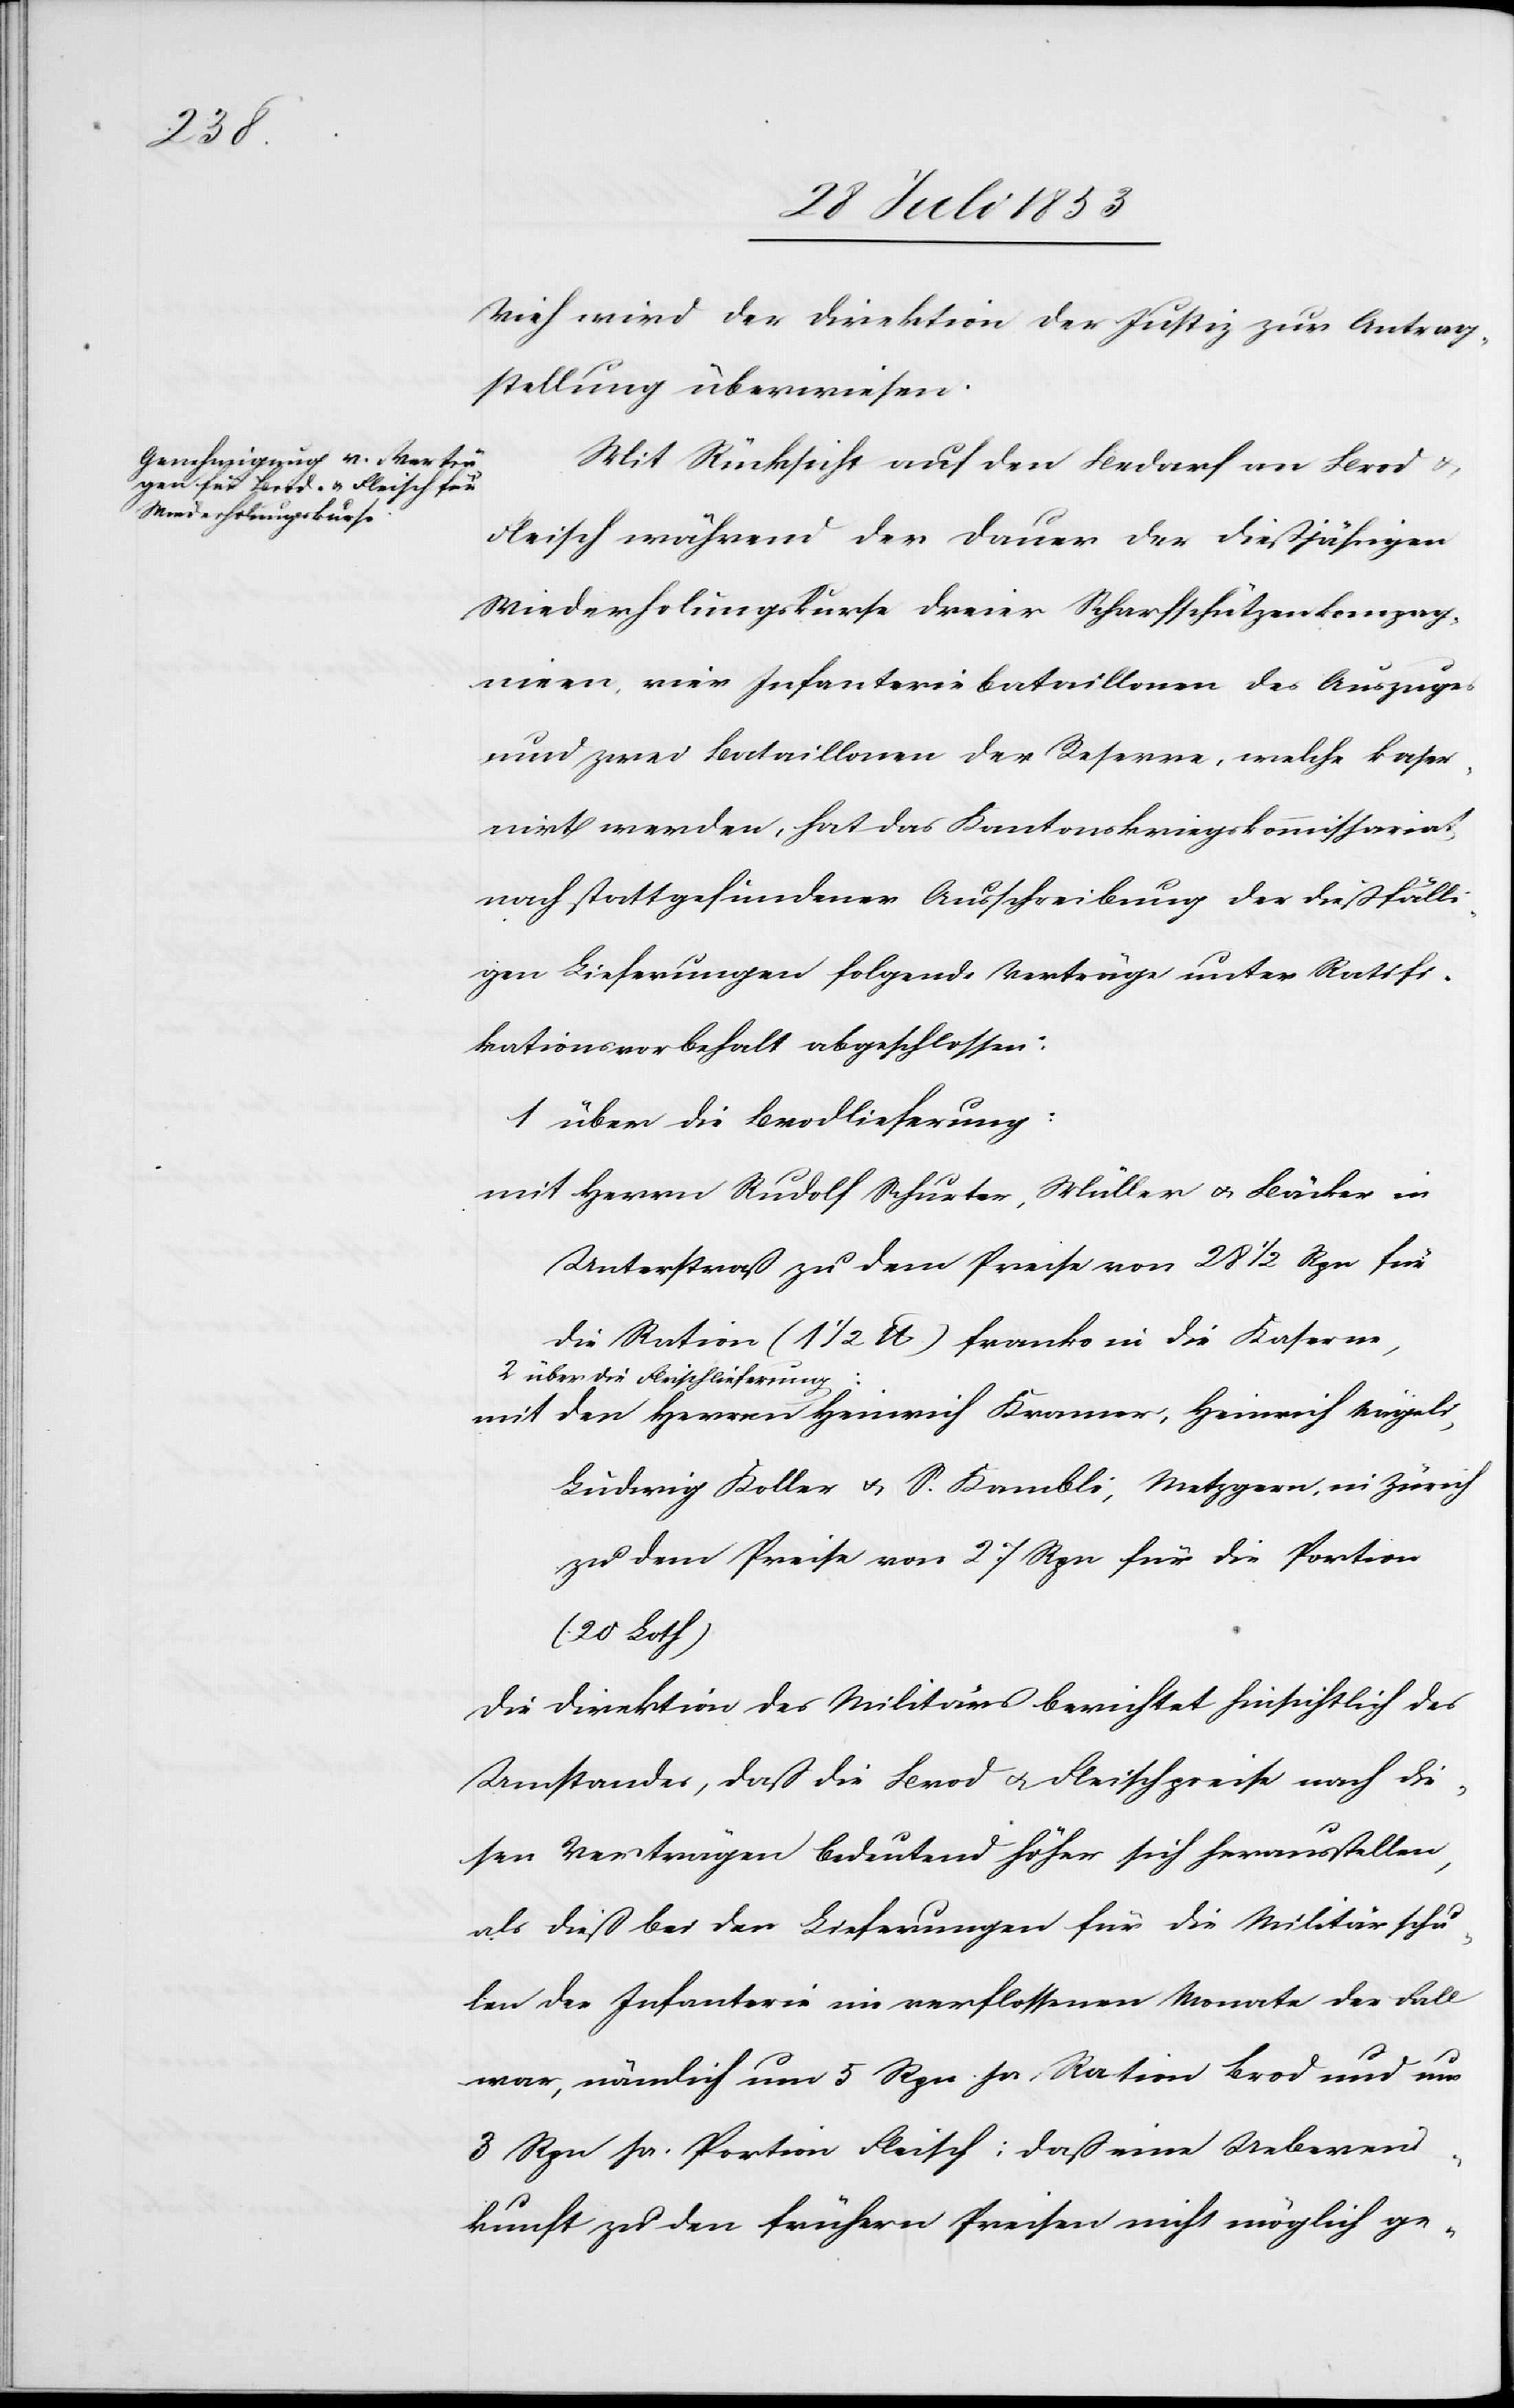
Vieh wird der Direktion der Justiz zur Antrag¬
stellung überwiesen.
Mit Rücksicht auf den Bedarf an Brod u.
Fleisch während der Dauer der dießjährigen
Wiederholungskurse dreier Scharfschützenkompag¬
nien, vier Infanteriebataillonen des Auszuges
und zwei Bataillonen der Reserve, welche kaser¬
nirt werden, hat das Kantonskriegskommissariat
nach stattgefundener Ausschreibung der dießfälli¬
gen Lieferungen folgende Verträge unter Ratifi¬
kationsvorbehalt abgeschlossen:
1 über die Brodlieferung:
mit Herrn Rudolf Schurter, Müller u. Bäcker in
Unterstraß zu dem Preise von 28 1/2 Rpn für
die Ration (1 1/2 lb) franko in die Kaserne,
2 über die Fleischlieferung:
mit den Herrn Heinrich Kramer, Heinrich Vögeli,
Ludwig Koller u. S. Kambli, Metzgern, in Zürich
zu dem Preise von 27 Rpn für die Portion
(20 Loth)
Die Direktion des Militärs berichtet hinsichtlich des
Umstandes, daß die Brod u. Fleischpreise nach die¬
sen Verträgen bedeutend höher sich herausstellen,
als dieß bei den Lieferungen für die Militärschu¬
len der Infanterie im verflossenen Monate der Fall
war, nämlich um 5 Rpn pro Ration Brod und um
3 Rpn. pro Ration Fleisch; daß eine Ueberein¬
kunft zu den frühern Preisen nicht möglich ge-